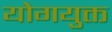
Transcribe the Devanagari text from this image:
योगयुक्त